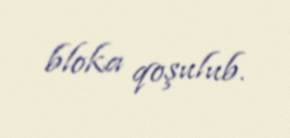
bloka qoşulub.